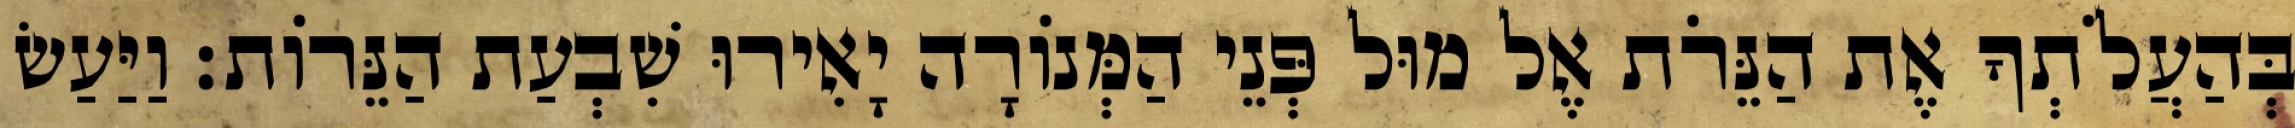
בְּהַעֲלֹתְךָ אֶת הַנֵּרֹת אֶל מוּל פְּנֵי הַמְּנוֹרָה יָאִירוּ שִׁבְעַת הַנֵּרוֹת׃ וַיַּעַשׂ